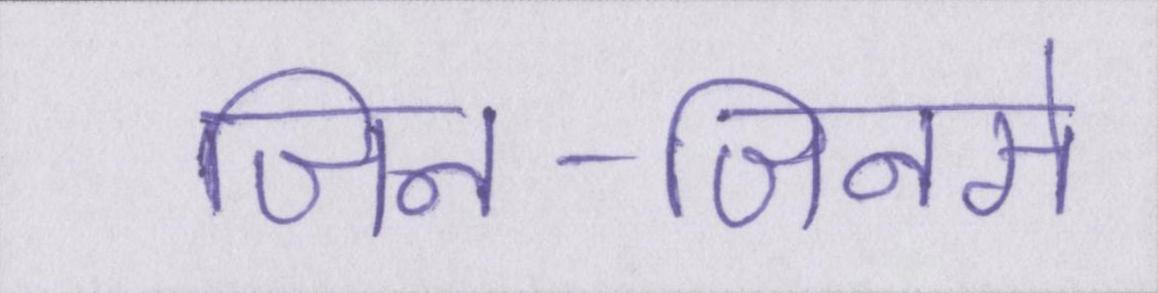
जिन-जिनसे